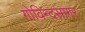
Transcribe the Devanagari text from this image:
गोविन्दसागर